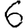
Digit: 6